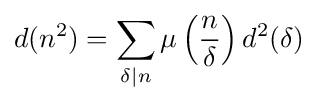
d(n^{2})=\sum _{\delta \mid n}\mu \left({\frac {n}{\delta }}\right)d^{2}(\delta )